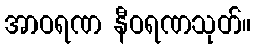
အာဝရဏ နီဝရဏသုတ်။